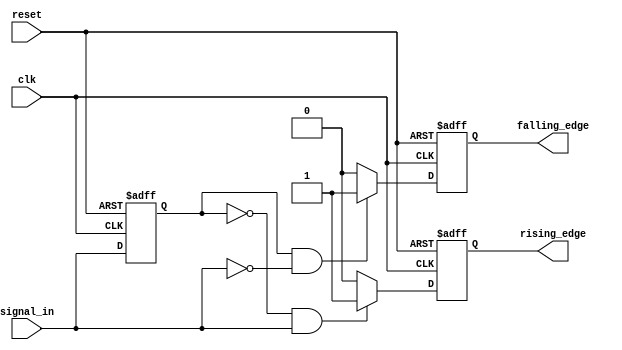
module SchmittTriggerEdgeDetector (
    input wire clk,               // Clock signal
    input wire reset,             // Asynchronous reset
    input wire signal_in,         // Input signal to monitor
    output reg rising_edge,       // Rising edge output
    output reg falling_edge       // Falling edge output
);

// Parameters for threshold levels (adjust as needed)
parameter THRESHOLD_UPPER = 1'b1; // Upper threshold for rising edge
parameter THRESHOLD_LOWER = 1'b0; // Lower threshold for falling edge

reg prev_signal;                  // Register to hold previous state of input signal

// Initialization and edge detection logic
always @(posedge clk or posedge reset) begin
    if (reset) begin
        // On reset, initialize outputs and previous signal
        rising_edge <= 1'b0;
        falling_edge <= 1'b0;
        prev_signal <= THRESHOLD_LOWER; // Default initial state
    end else begin
        // Update rising edge detection
        if (prev_signal == THRESHOLD_LOWER && signal_in == THRESHOLD_UPPER) begin
            rising_edge <= 1'b1; // Rising edge detected
        end else begin
            rising_edge <= 1'b0; // Reset rising edge output
        end

        // Update falling edge detection
        if (prev_signal == THRESHOLD_UPPER && signal_in == THRESHOLD_LOWER) begin
            falling_edge <= 1'b1; // Falling edge detected
        end else begin
            falling_edge <= 1'b0; // Reset falling edge output
        end

        // Store the current signal for the next clock cycle
        prev_signal <= signal_in;
    end
end

endmodule